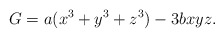
\begin{align*}G=a(x^3+y^3+z^3)-3bxyz.\end{align*}